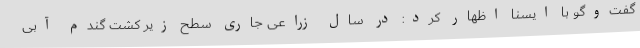
گفت‌وگو با ایسنا اظهار کرد: در سال زراعی جاری سطح زیر کشت گندم آبی